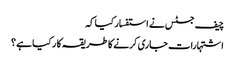
چیف جسٹس نے استفسار کیا کہ
اشتہارات جاری کرنے کا طریقہ کا ر کیا ہے ؟